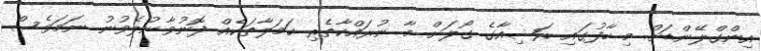
އިންގްލޭންޑަށް މި ހާފުގައި ރަޝިއާގެ ގޯލަށް މާ ނުރައްކާތެރި ހަމަލާތަކެއް ފޮނުވާނުލެވުނު ނަމަވެސް